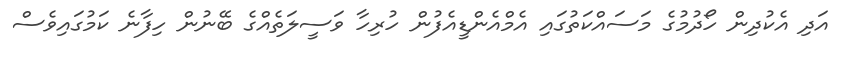
އަދި އެކުދިން ހޯދުމުގެ މަސައްކަތުގައި އެމްއެންޑީއެފުން ހުރިހާ ވަސީލަތެއްގެ ބޭނުން ހިފާނެ ކަމުގައިވެސް